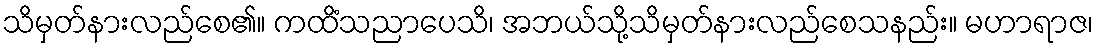
သိမှတ်နားလည်စေ၏။ ကထိံသညာပေသိ၊ အဘယ်သို့သိမှတ်နားလည်စေသနည်း။ မဟာရာဇ၊